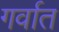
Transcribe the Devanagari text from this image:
गर्वात